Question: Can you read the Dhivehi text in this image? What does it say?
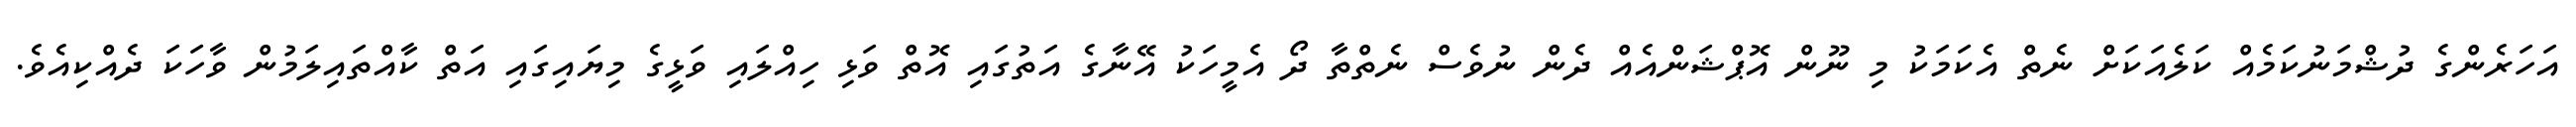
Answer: އަހަރެންގެ ދުޝްމަނުކަމެއް ކަލެއަކަށް ނެތް އެކަމަކު މި ނޫން އޮޕްޝަންއެއް ދެން ނުވެސް ނެތްތާ ދޯ އެމީހަކު އޭނާގެ އަތުގައި އޮތް ވަޅި ހިއްލައި ވަޅީގެ މިޔައިގައި އަތް ކާއްތައިލަމުން ވާހަކަ ދެއްކިއެވެ.